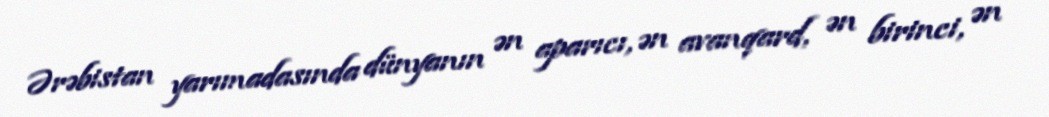
Ərəbistan yarımadasında dünyanın ən aparıcı, ən avanqard, ən birinci, ən